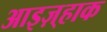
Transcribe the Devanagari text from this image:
आइज़्हाक